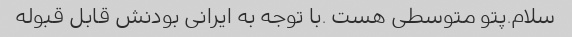
سلام.پتو متوسطی هست .با توجه به ایرانی بودنش قابل قبوله